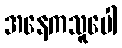
အနေကသူပေါ